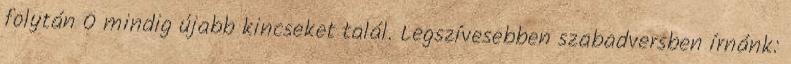
folytán Ő mindig újabb kincseket talál. Legszívesebben szabadversben írnánk: